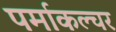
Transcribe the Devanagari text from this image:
पर्माकल्चर